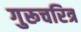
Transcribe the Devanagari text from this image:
गुरूचरित्र